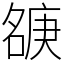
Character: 㗮